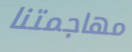
مهاجمتنا